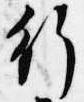
行